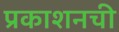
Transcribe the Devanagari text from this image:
प्रकाशनची